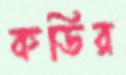
কডির